Vaccination in Bombay 1869-1873 - 1869-1873
Year: 1869
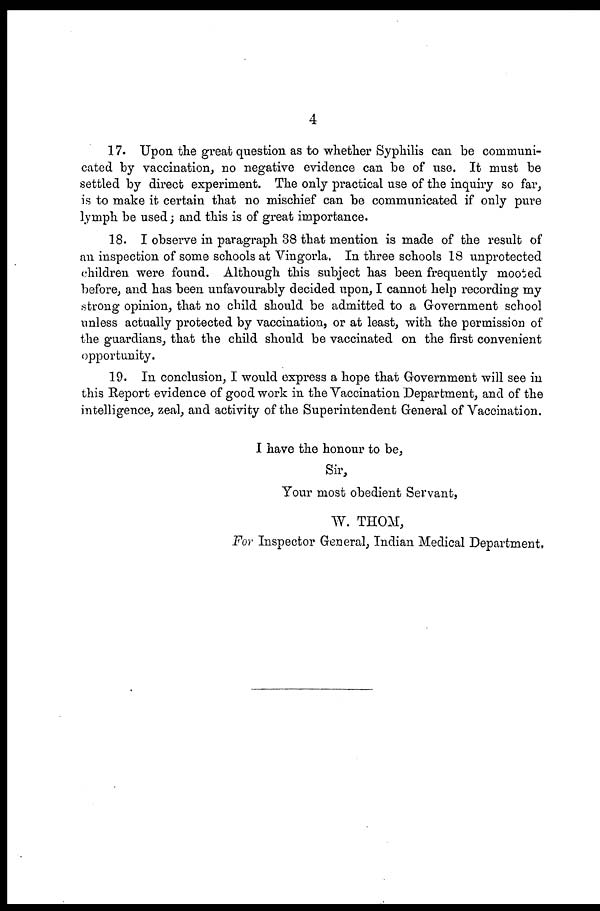
4
17. Upon the great question as to whether Syphilis can be communi-
cated by vaccination, no negative evidence can be of use. It must be
settled by direct experiment. The only practical use of the inquiry so far,
is to make it certain that no mischief can be communicated if only pure
lymph be used; and this is of great importance.
18. I observe in paragraph 38 that mention is made of the result of
an inspection of some schools at Vingorla. In three schools 18 unprotected
children were found. Although this subject has been frequently mooted
before, and has been unfavourably decided upon, I cannot help recording my
strong opinion, that no child should be admitted to a Government school
unless actually protected by vaccination, or at least, with the permission of
the guardians, that the child should be vaccinated on the first convenient
opportunity.
19. In conclusion, I would express a hope that Government will see in
this Report evidence of good work in the Vaccination Department, and of the
intelligence, zeal, and activity of the Superintendent General of Vaccination.
I have the honour to be,
Sir,
Your most obedient Servant,
W. THOM,
For Inspector General, Indian Medical Department,